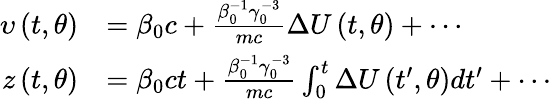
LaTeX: \begin{array}{rl}{\upsilon\left(t,\theta\right)}&{=\beta_{0}c+\frac{\beta_{0}^{-1}\gamma_{0}^{-3}}{mc}\Delta U\left(t,\theta\right)+\cdots}\\ {z\left(t,\theta\right)}&{=\beta_{0}ct+\frac{\beta_{0}^{-1}\gamma_{0}^{-3}}{mc}\int_{0}^{t}\Delta U\left({t}^{\prime},\theta\right)d{t}^{\prime}+\cdots}\end{array}